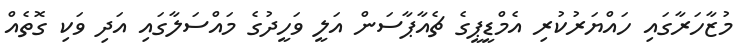
މުޒާހަރާގައި ހައްޔަރުކުރި އެމްޑީޕީގެ ޗެއާޕާސަން އަލީ ވަހީދުގެ މައްސަލާގައި އަދި ވަކި ގޮތެއް